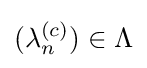
(\lambda _{n}^{(c)})\in \Lambda